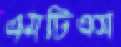
এমটিএস